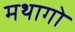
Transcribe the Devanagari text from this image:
मथागो